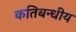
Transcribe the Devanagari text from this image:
कतिबन्धीय